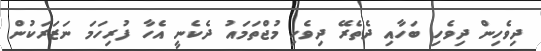
ދިވެހިން ދިވެހި ބަހާއި ދެތެރޭ ދިވެހި މުޖްތަމައު ދެކެނީ އެހާ ފުރިހަމަ ނަޒަރަކުން